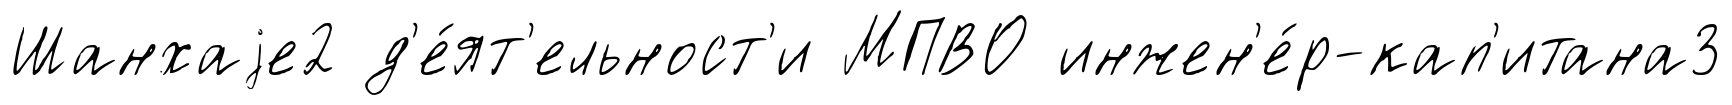
Шанхаjе2 д'е́ят'ельност'и МПВО инжен'е́р-кап'итана3